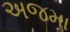
અજમા